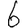
Digit: 6